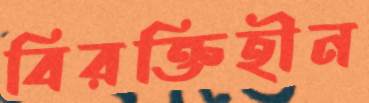
বিরক্তিহীন